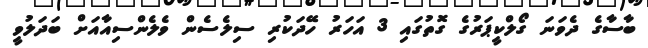
ބާސާގެ ދެވަނަ ގޯލްކީޕަރުގެ ގޮތުގައި 3 އަހަރު ހޭދަކުރި ސިލެސެން ވެލެންސިއާއަށް ބަދަލުވީ